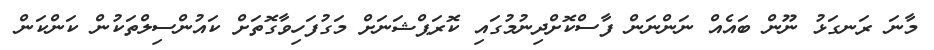
މާނަ ރަނގަޅު ނޫން ބައެއް ނަންނަން ފާސްކޮށްދިނުމުގައި ކޮރަޕްޝަނަށް މަގުފަހިވާގޮތަށް ކައުންސިލްތަކުން ކަންކަން